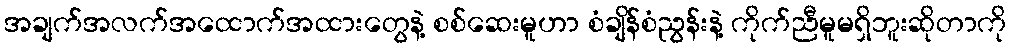
အချက်အလက်အထောက်အထားတွေနဲ့ စစ်ဆေးမူဟာ စံချိန်စံညွန်းနဲ့ ကိုက်ညီမူမရှိဘူးဆိုတာကို